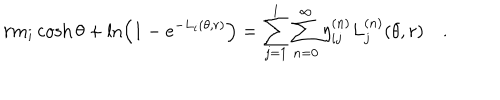
LaTeX: r m _ { i } \cosh \theta + \ln \left( 1 - e ^ { - L _ { i } ( \theta , r ) } \right) = \sum _ { j = 1 } ^ { l } \sum _ { n = 0 } ^ { \infty } \eta _ { i j } ^ { ( n ) } L _ { j } ^ { ( n ) } ( \theta , r ) \quad .